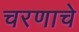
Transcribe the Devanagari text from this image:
चरणाचे